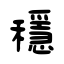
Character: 穩